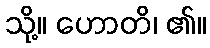
သို့။ ဟောတိ၊ ၏။